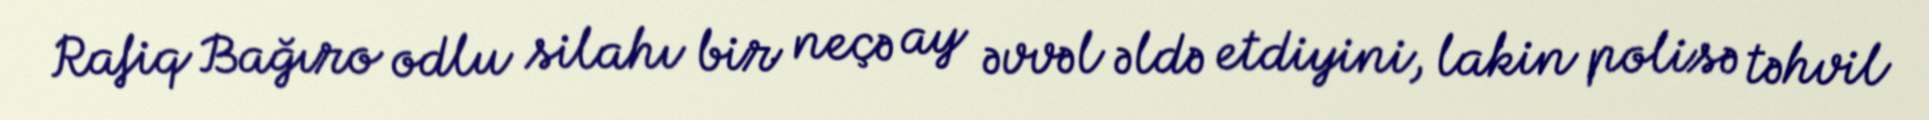
Rafiq Bağıro odlu silahı bir neçə ay əvvəl əldə etdiyini, lakin polisə təhvil